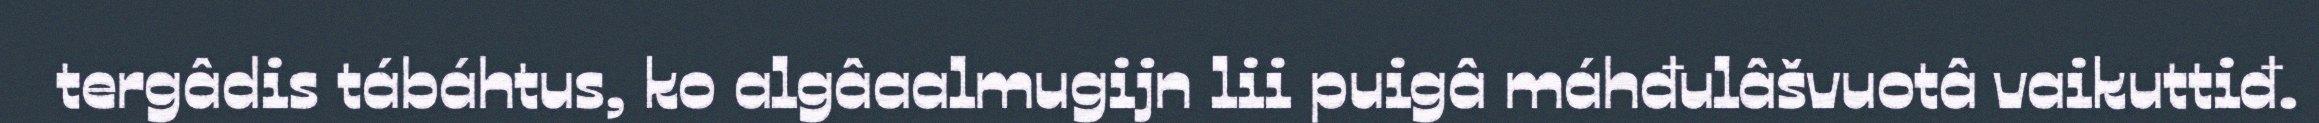
tergâdis tábáhtus, ko algâaalmugijn lii puigâ máhđulâšvuotâ vaikuttiđ.